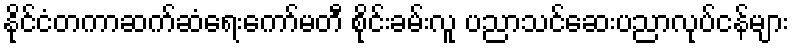
နိုင်ငံတကာဆက်ဆံရေးကော်မတီ စိုင်းခမ်းလူ ပညာသင်ဆေးပညာလုပ်ငန်များ